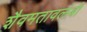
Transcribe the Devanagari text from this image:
शैवमतावलंबी